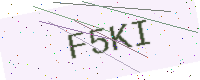
Text: F5KI